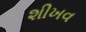
શીખવ